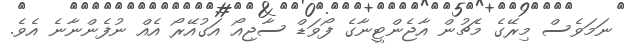
ނަމަވެސް މިރޭގެ މެޗުން އާޖެންޓީނާގެ ފޯވަޑް ސާޖިއޯ އަގުއޭރޯ އެއް ނުފެންނާނެ އެވެ.